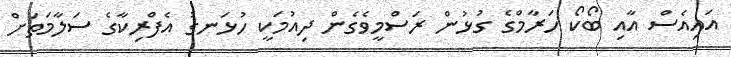
އައިއެސް އާއި ބޯކޯ ހަރާމްގެ ގުޅުން ރަސްމީވެގެން ދިއުމަކީ ހުޅަނގު އެފްރިކާގެ ސަލާމަތަށް